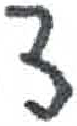
אות: צ